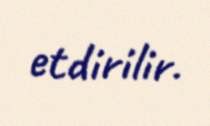
etdirilir.